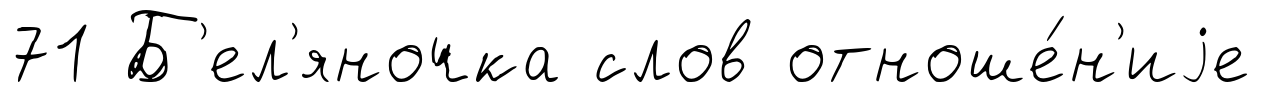
71 Б'ел'яночка слов отноше́н'иjе